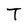
Character: T